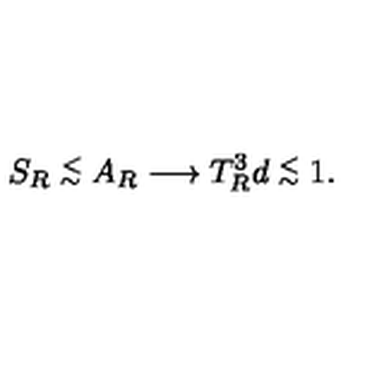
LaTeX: S _ { R } \stackrel { < } { _ \sim } A _ { R } \longrightarrow T _ { R } ^ { 3 } d \stackrel { < } { _ \sim } 1 .